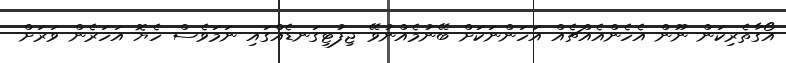
އޯގާތެރިކަން ނޫން އެހެންއެއްޗެއް އަހަންނަކަށް ބޭނުމެއްނުވޭ ޖިފުޓިގަނޑެއްގައި ނަމަވެސް ހެޔޮ އަހަރެން ވަރަށް